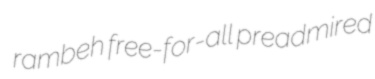
rambeh free-for-all preadmired